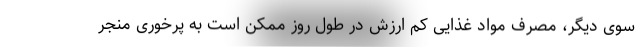
سوی دیگر، مصرف مواد غذایی کم ارزش در طول روز ممکن است به پرخوری منجر